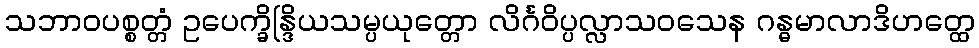
သဘာဝပစ္စတ္တံ ဥပေက္ခိန္ဒြိယသမ္ပယုတ္တော လိင်္ဂဝိပ္ပလ္လာသဝသေန ဂန္ဓမာလာဒိဟတ္ထေ